Lunatic asylums in Bengal annual reports 1899-1911 - 1899-1911
Year: 1899
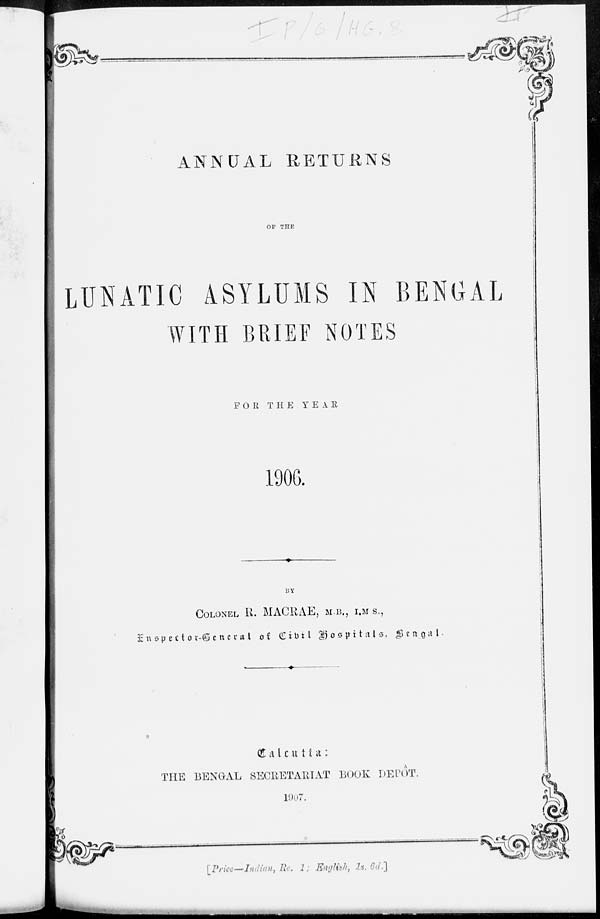
ANNUAL RETURNS
OF THE
LUNATIC ASYLUMS IN BENGAL
WITH BRIEF NOTES
FOR THE YEAR
1906.
BY
COLONEL R. MACRAE, M.B., I.M.S.,
Inspector-General of Civil Hospitals, Bengal.
1907.
Calcutta :
THE BENGAL SECRETARIAT BOOK DEPÔT.
[Price—Indian, Re. 1 English, 1s. 6d.]